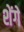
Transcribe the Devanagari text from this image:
शेंगे